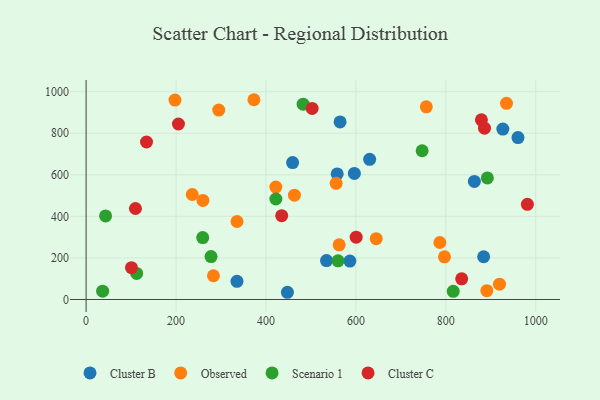
{"axis": {"x": "Experience", "y": "Yield"}, "legend": ["Cluster B", "Cluster C", "Observed", "Scenario 1"], "data": [{"x": "558.4", "y": 604.0, "type": "Cluster B"}, {"x": "534.7", "y": 187.4, "type": "Cluster B"}, {"x": "926.8", "y": 819.8, "type": "Cluster B"}, {"x": "863.5", "y": 568.3, "type": "Cluster B"}, {"x": "960.5", "y": 779.0, "type": "Cluster B"}, {"x": "596.6", "y": 606.5, "type": "Cluster B"}, {"x": "459.2", "y": 658.7, "type": "Cluster B"}, {"x": "335.5", "y": 87.6, "type": "Cluster B"}, {"x": "630.6", "y": 674.5, "type": "Cluster B"}, {"x": "586.6", "y": 184.6, "type": "Cluster B"}, {"x": "884.1", "y": 205.6, "type": "Cluster B"}, {"x": "447.7", "y": 34.7, "type": "Cluster B"}, {"x": "564.8", "y": 854.2, "type": "Cluster B"}, {"x": "236.0", "y": 505.2, "type": "Observed"}, {"x": "645.2", "y": 292.6, "type": "Observed"}, {"x": "373.2", "y": 961.2, "type": "Observed"}, {"x": "919.4", "y": 73.7, "type": "Observed"}, {"x": "335.6", "y": 375.2, "type": "Observed"}, {"x": "756.6", "y": 926.8, "type": "Observed"}, {"x": "463.3", "y": 501.8, "type": "Observed"}, {"x": "934.9", "y": 944.0, "type": "Observed"}, {"x": "562.8", "y": 263.1, "type": "Observed"}, {"x": "891.2", "y": 42.6, "type": "Observed"}, {"x": "295.0", "y": 911.5, "type": "Observed"}, {"x": "786.7", "y": 274.1, "type": "Observed"}, {"x": "283.2", "y": 114.1, "type": "Observed"}, {"x": "421.9", "y": 540.8, "type": "Observed"}, {"x": "197.6", "y": 959.3, "type": "Observed"}, {"x": "797.0", "y": 205.4, "type": "Observed"}, {"x": "556.1", "y": 558.8, "type": "Observed"}, {"x": "259.7", "y": 476.5, "type": "Observed"}, {"x": "36.7", "y": 40.0, "type": "Scenario 1"}, {"x": "560.3", "y": 186.1, "type": "Scenario 1"}, {"x": "259.3", "y": 297.9, "type": "Scenario 1"}, {"x": "277.8", "y": 206.4, "type": "Scenario 1"}, {"x": "482.6", "y": 939.6, "type": "Scenario 1"}, {"x": "43.3", "y": 402.1, "type": "Scenario 1"}, {"x": "747.3", "y": 715.7, "type": "Scenario 1"}, {"x": "816.5", "y": 39.3, "type": "Scenario 1"}, {"x": "422.0", "y": 483.6, "type": "Scenario 1"}, {"x": "112.4", "y": 125.4, "type": "Scenario 1"}, {"x": "892.4", "y": 584.9, "type": "Scenario 1"}, {"x": "100.9", "y": 153.3, "type": "Cluster C"}, {"x": "134.3", "y": 757.7, "type": "Cluster C"}, {"x": "886.0", "y": 824.2, "type": "Cluster C"}, {"x": "879.2", "y": 864.4, "type": "Cluster C"}, {"x": "435.0", "y": 403.1, "type": "Cluster C"}, {"x": "109.7", "y": 437.9, "type": "Cluster C"}, {"x": "600.6", "y": 299.7, "type": "Cluster C"}, {"x": "981.4", "y": 457.7, "type": "Cluster C"}, {"x": "502.7", "y": 919.4, "type": "Cluster C"}, {"x": "835.3", "y": 99.5, "type": "Cluster C"}, {"x": "205.3", "y": 844.4, "type": "Cluster C"}]}